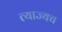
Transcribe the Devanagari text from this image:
त्याज्यच